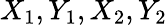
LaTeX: X_{1},Y_{1},X_{2},Y_{2}